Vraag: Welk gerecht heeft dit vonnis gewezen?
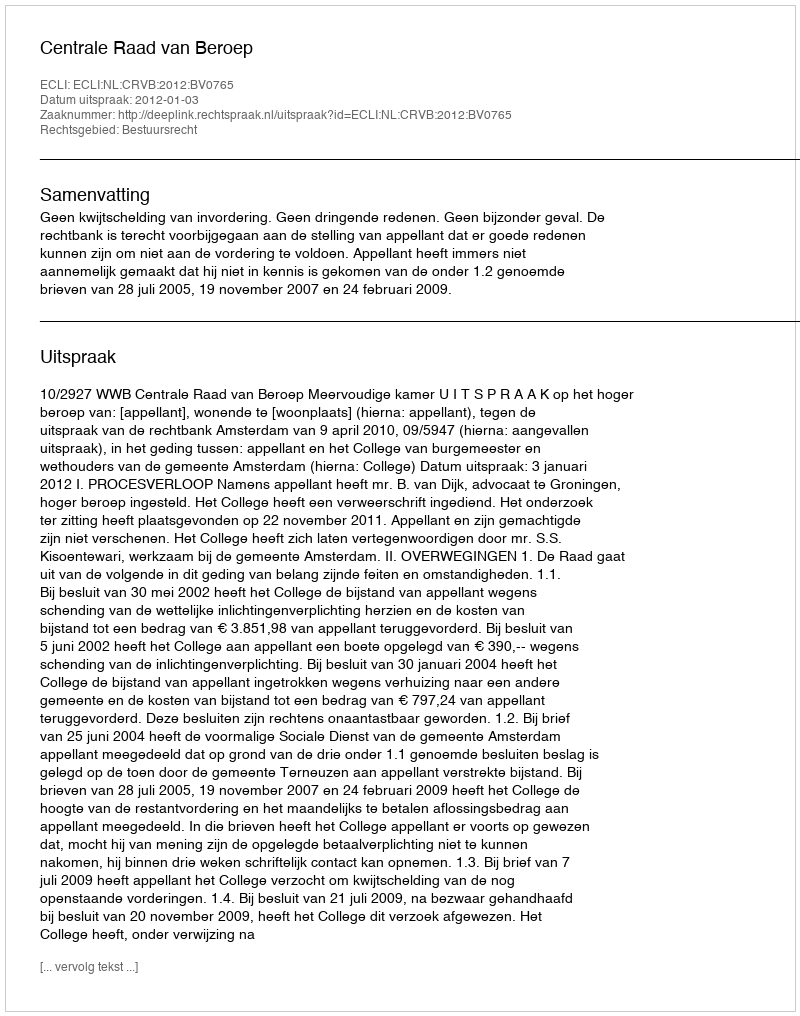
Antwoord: Centrale Raad van Beroep